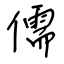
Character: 儒